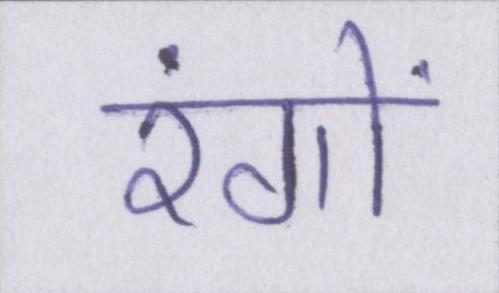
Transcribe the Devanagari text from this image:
रंगों